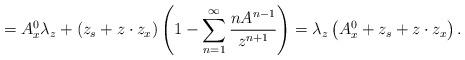
LaTeX: \begin{align*}=A^0_x\lambda_z+(z_s+z\cdot z_x)\left(1-\sum_{n=1}^{\infty}\frac{nA^{n-1}}{z^{n+1}}\right)=\lambda_z\left(A^0_x+z_s+z\cdot z_x\right).\end{align*}